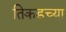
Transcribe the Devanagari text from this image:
तिकडच्या